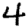
Digit: 4